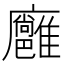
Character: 𢌏